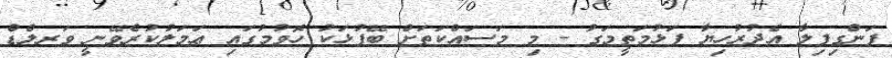
ފަންގިފިލާ އެދުރުހިޔާ ފަޅުމަތީމަގު - މި މަސައްކަތަށް ބޭފުޅަކު ހޮވުމުގައި ޢަމަލުކުރެވޭނީ ވަރލްޑް